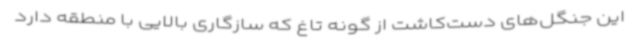
این جنگل‌های دست‌کاشت از گونه تاغ که سازگاری بالایی با منطقه دارد